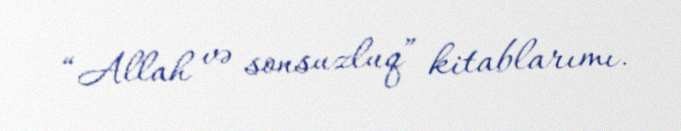
“Allah və sonsuzluq” kitablarımı.